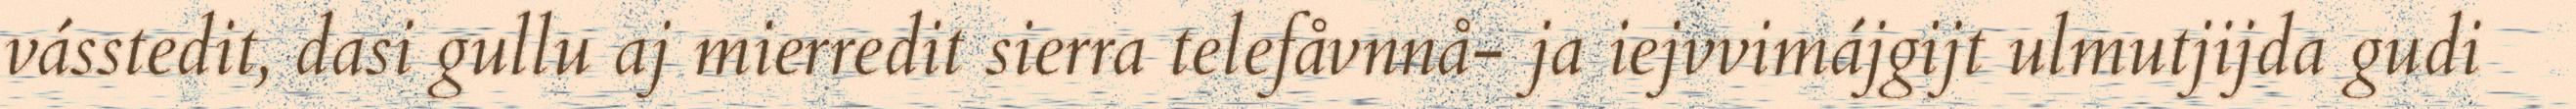
vásstedit, dasi gullu aj mierredit sierra telefåvnnå- ja iejvvimájgijt ulmutjijda gudi